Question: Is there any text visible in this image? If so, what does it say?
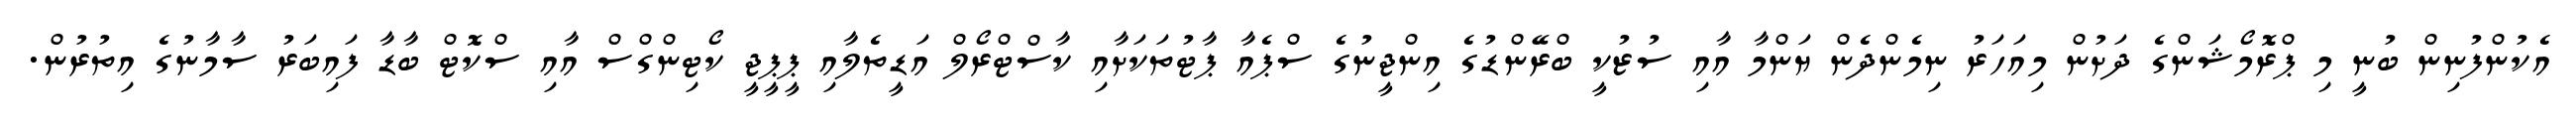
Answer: އެކުންފުނިން ބުނީ މި ޕްރޮމޯޝަންގެ ދަށުން މިއަހަރު ނިމެންދެން ޔަންމާ އާއި ސުޒުކީ ބްރޭންޑުގެ އިންޖީނުގެ ސްޕެއާ ޕާޓުތަކަށާއި ކާސްޓްރޯލް އަޑީތެލާއި ޕީޕީޖީ ކޯޓިންގްސް އާއި ސްކޮޓް ބާޑާ ފައިބަރު ސާމާނުގެ އިތުރުން.